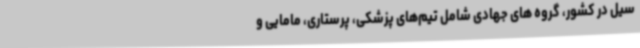
سیل در کشور، گروه های جهادی شامل تیم‌های پزشکی، پرستاری، مامایی و